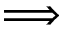
\Longrightarrow